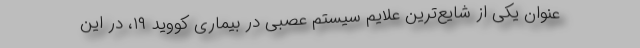
عنوان یکی از شایع‌ترین علایم سیستم عصبی در بیماری کووید ۱۹، در این